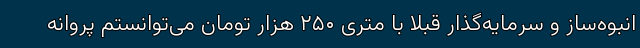
انبوه‌ساز و سرمایه‌گذار قبلا با متری ۲۵۰ هزار تومان می‌توانستم پروانه